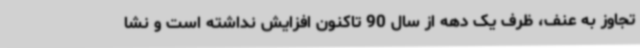
تجاوز به عنف، ظرف یک دهه از سال 90 تاکنون افزایش نداشته است و نشا